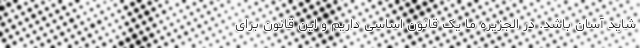
شاید آسان باشد. در الجزیره ما یک قانون اساسی داریم و این قانون برای